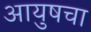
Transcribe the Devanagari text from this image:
आयुषचा